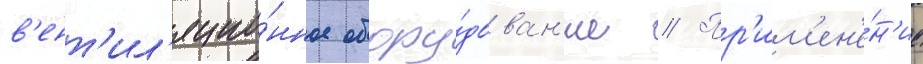
в'ент'ил'яцио́нное обору́дован'ие // Пр'им'ен'е́н'ие